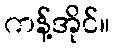
ကန့်အိုင်။